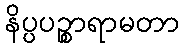
နိပ္ပပဉ္စာရာမတာ